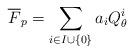
LaTeX: \begin{align*}\overline F_p=\sum_{i\in I\cup\{0\}}a_iQ_\theta^i\end{align*}